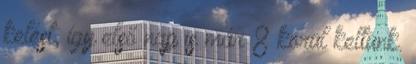
kelést, így első nap is már 8 körül keltünk.